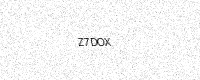
Text: Z7DOX